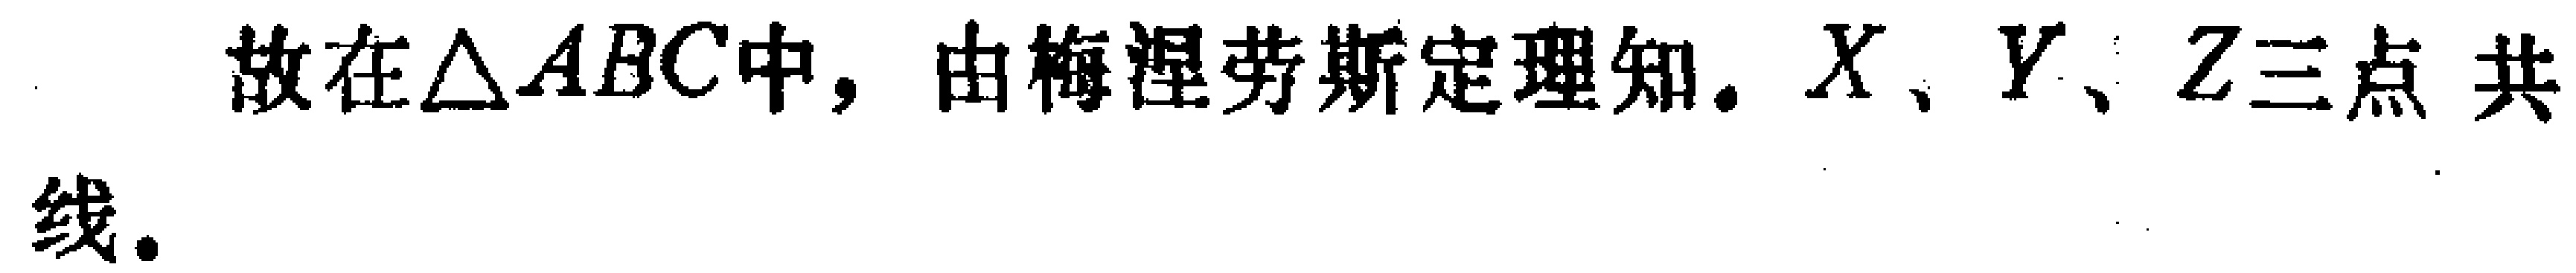
故在$\triangle ABC$中，由梅涅劳斯定理知，$X$、$Y$、$Z$三点共线。